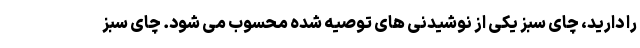
را دارید، چای سبز یکی از نوشیدنی های توصیه شده محسوب می شود. چای سبز